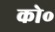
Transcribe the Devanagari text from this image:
को॰